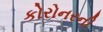
કોરોનરની